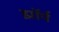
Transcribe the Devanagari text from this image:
झॉर्प